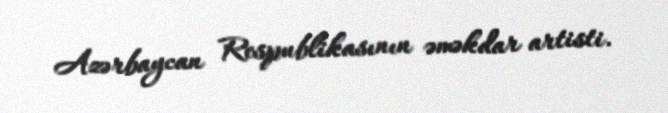
Azərbaycan Respublikasının əməkdar artisti.